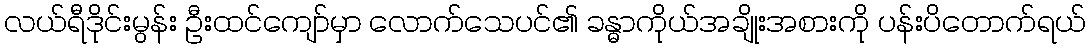
လယ်ရီဒိုင်းမွန်း ဦးထင်ကျော်မှာ လောက်သေပင်၏ ခန္ဓာကိုယ်အချိုးအစားကို ပန်းပိတောက်ရယ်